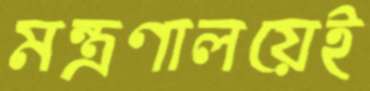
মন্ত্রণালয়েই